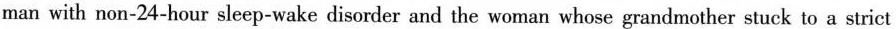
man with non-24-hour sleep-wake disorder and the woman whose grandmother stuck to a strict